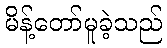
မိန့်တော်မူခဲ့သည်